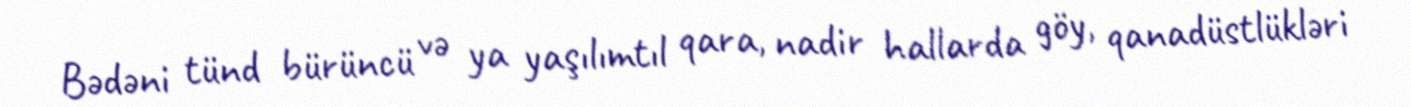
Bədəni tünd bürüncü və ya yaşılımtıl qara, nadir hallarda göy, qanadüstlükləri